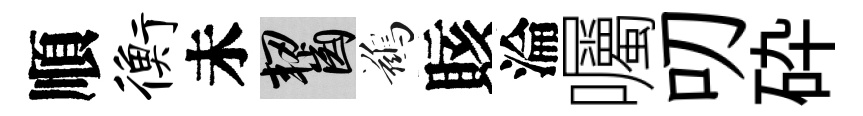
順衡未齧鷀賅淪囑叨砕